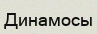
Динамосы